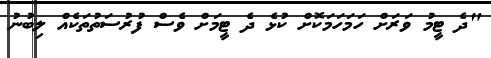
"ދެ ޓީމު ވަރަށް ހަމަހަމަކޮށް ކުޅެ ދެ ޓީމަށް ވެސް ފުރުސަތުތަކެއް ލިބުނު